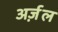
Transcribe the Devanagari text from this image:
अर्ज़ल